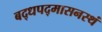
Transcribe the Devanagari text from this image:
बद्धपद्मासनस्थं